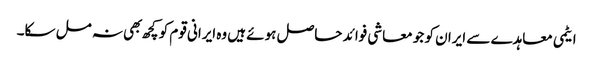
ایٹمی معاہدے سے ایران کو جو معاشی فوائد حاصل ہوئے ہیں وه ایرانی قوم کو کچھ بهی نہ مل سکا۔